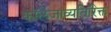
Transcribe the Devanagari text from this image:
कॉलेजाव्यतिरिक्त